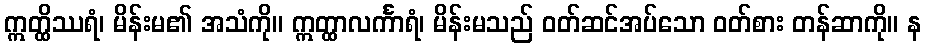
ဣတ္ထိဿရံ၊ မိန်းမ၏ အသံကို။ ဣတ္ထာလင်္ကာရံ၊ မိန်းမသည် ဝတ်ဆင်အပ်သော ဝတ်စား တန်ဆာကို။ န